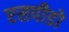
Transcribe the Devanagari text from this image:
एसपीडो